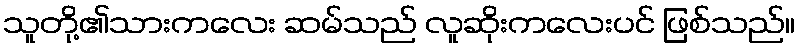
သူတို့၏သားကလေး ဆမ်သည် လူဆိုးကလေးပင် ဖြစ်သည်။